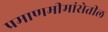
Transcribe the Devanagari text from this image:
प्रमाणमीमांसेतील